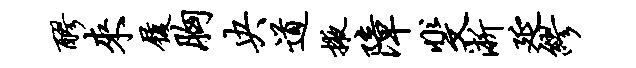
醪来履胸央道掖障斐淅延缪